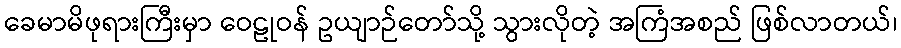
ခေမာမိဖုရားကြီးမှာ ဝေဠုဝန် ဥယျာဉ်တော်သို့ သွားလိုတဲ့ အကြံအစည် ဖြစ်လာတယ်၊